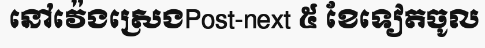
នៅវ៉េងស្រេងPost-next ៥ ខែទៀតចូល